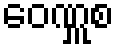
ဝေဏှူစ